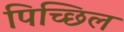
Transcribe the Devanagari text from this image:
पिच्छिल